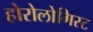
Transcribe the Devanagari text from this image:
होरोलोगिस्ट